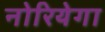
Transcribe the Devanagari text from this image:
नोरियेगा